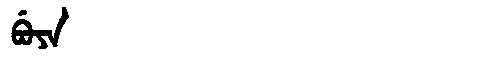
Manchu: ᠪᡠᠶᠠ
Romanization: BUYA